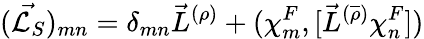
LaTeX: (\vec{{\cal L}_{S}})_{mn}={\delta}_{mn}{\vec{L}}^{(\rho)}+({\chi}_{m}^{F},[{\vec{L}}^{(\overline{{{\rho}}})}{\chi}_{n}^{F}])